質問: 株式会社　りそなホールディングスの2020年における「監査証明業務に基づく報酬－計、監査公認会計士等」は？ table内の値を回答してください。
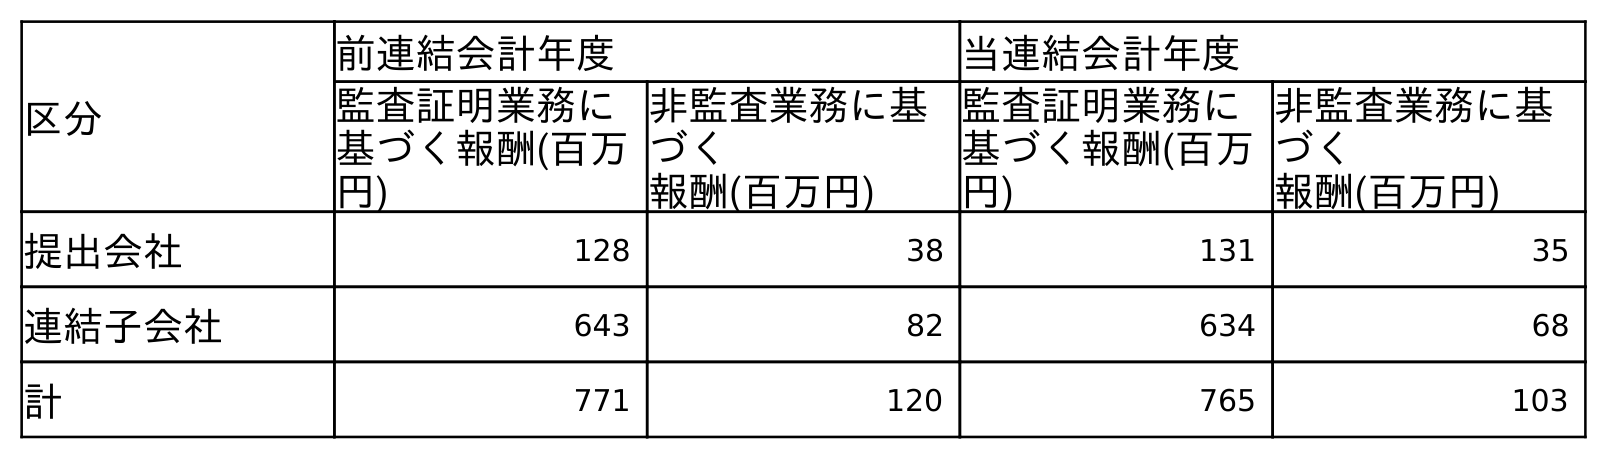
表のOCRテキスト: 区分 前連結会計年度 当連結会計年度 監査証明業務に 基づく報酬(百万 円) 非監査業務に基 づく 報酬(百万円) 監査証明業務に 基づく報酬(百万 円) 非監査業務に基 づく 報酬(百万円) 提出会社 128 38 131 35 連結子会社 643 82 634 68 計 771 120 765 103
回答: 765